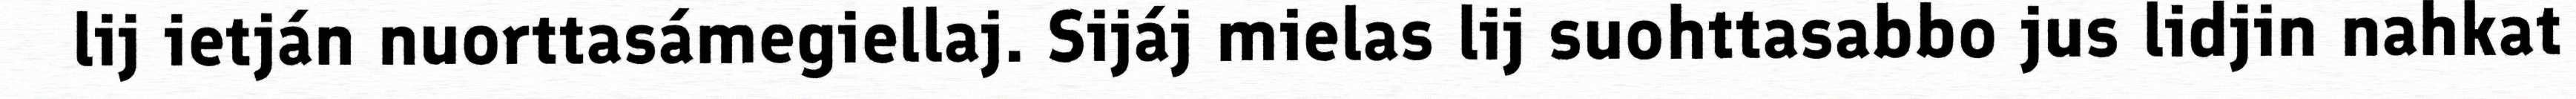
lij ietján nuorttasámegiellaj. Sijáj mielas lij suohttasabbo jus lidjin nahkat